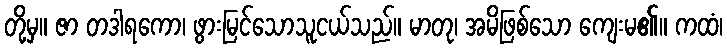
တို့မှ။ ဇာ တဒါရကော၊ ဖွားမြင်သောသူငယ်သည်။ မာတု၊ အမိဖြစ်သော ကျေးမ၏။ ကထံ၊